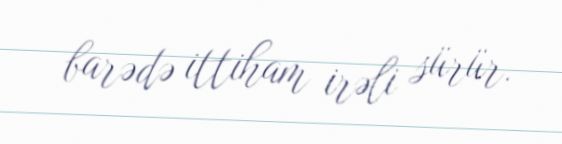
barədə ittiham irəli sürür.